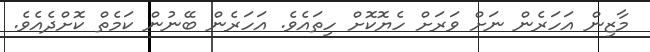
މާޒިން އަހަރެން ނަށް ވަރަށް ހެޔޮކޮށް ހިތައެވެ. އަހަރެން ބޭނުން ކަމެތް ކޮށްދެއެވެ.